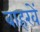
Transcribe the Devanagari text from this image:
बाहरवें